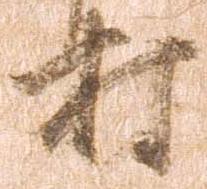
村